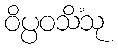
ဝိပ္ပဝသိံသု